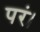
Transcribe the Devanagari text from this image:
परं।